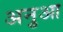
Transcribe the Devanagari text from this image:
अनुआ